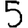
Digit: 5